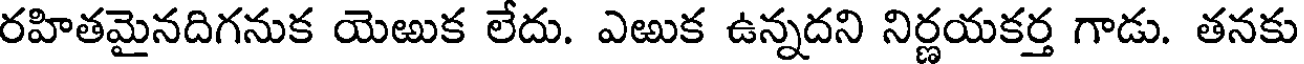
రహితమైనదిగనుక యెఱుక లేదు. ఎఱుక ఉన్నదని నిర్ణయకర్త గాడు. తనకు